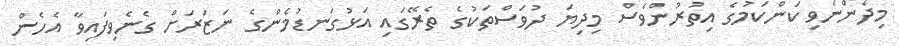
މިދެންނެވި ކަންކަމުގެ އިތުރުންވެސް މިދިޔަ ދުވަސްތަކުގެ ތެރޭގައި އަޅުގަނޑުމެންގެ ނަޒަރަށް ގެނެވިފައިވާ އެހެން